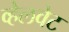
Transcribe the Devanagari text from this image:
व्हेलवेट